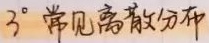
\(3^{\circ}\) 常见离散分布